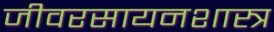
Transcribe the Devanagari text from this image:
जीवरसायनशास्त्र